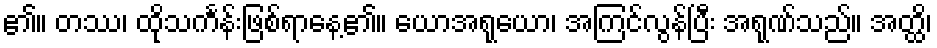
၏။ တဿ၊ ထိုသင်္ကန်းဖြစ်ရာနေ့၏။ ယောအရုယော၊ အကြင်လွန်ပြီး အရုဏ်သည်။ အတ္ထိ၊